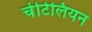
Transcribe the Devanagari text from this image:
चेटिलियन